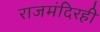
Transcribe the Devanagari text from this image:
राजमंदिरही